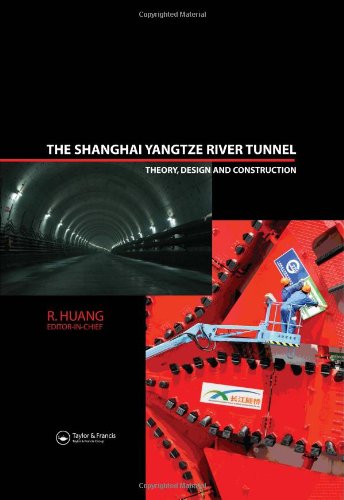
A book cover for The Shanghai Yangtze River Tunnel. Theory, Design and Construction (Balkema: Proceedings and Monographs in Engineering, Water and Earth Sciences); Science & Math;